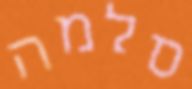
סלמה